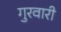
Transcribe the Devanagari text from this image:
गुरवारी